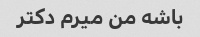
باشه من میرم دکتر